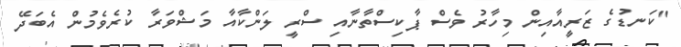
"ކަނޑުގެ ޒަރީއާއިން މިހާރު ވެސް ޕާކިސްތާނާއި ސްރީ ލަންކާއާ މަޝްވަރާ ކުރެވެމުން އެބަދޭ